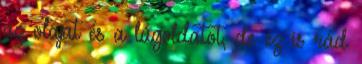
az olajat és a lúgoldatot, de ez is rád